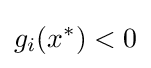
g_{i}(x^{*})<0